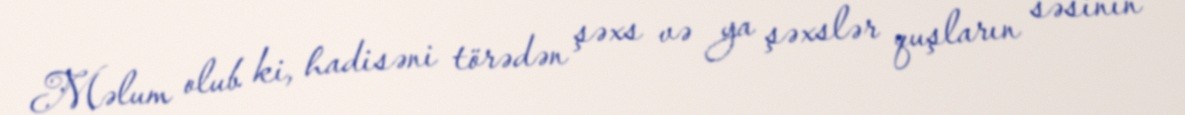
Məlum olub ki, hadisəni törədən şəxs və ya şəxslər quşların səsinin